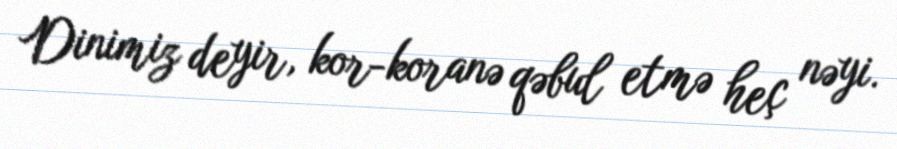
Dinimiz deyir, kor-koranə qəbul etmə heç nəyi.